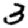
Digit: 3